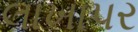
લાખાપર